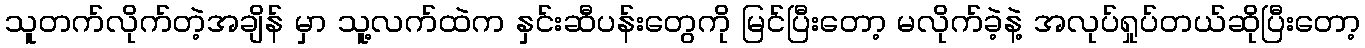
သူတက်လိုက်တဲ့အချိန် မှာ သူ့လက်ထဲက နှင်းဆီပန်းတွေကို မြင်ပြီးတော့ မလိုက်ခဲ့နဲ့ အလုပ်ရှုပ်တယ်ဆိုပြီးတော့